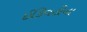
ઈકિવટીના